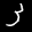
Label: 3